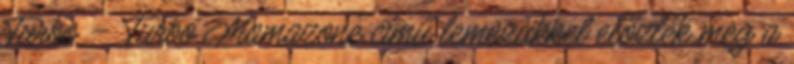
Turbo – Turbo Mamazone című lemezükkel előzték meg a